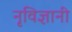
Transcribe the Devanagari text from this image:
नृविज्ञानी